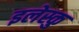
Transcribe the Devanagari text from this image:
इलेस्कु